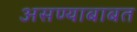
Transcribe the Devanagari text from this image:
असण्याबाबत